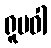
ရူပဝါ